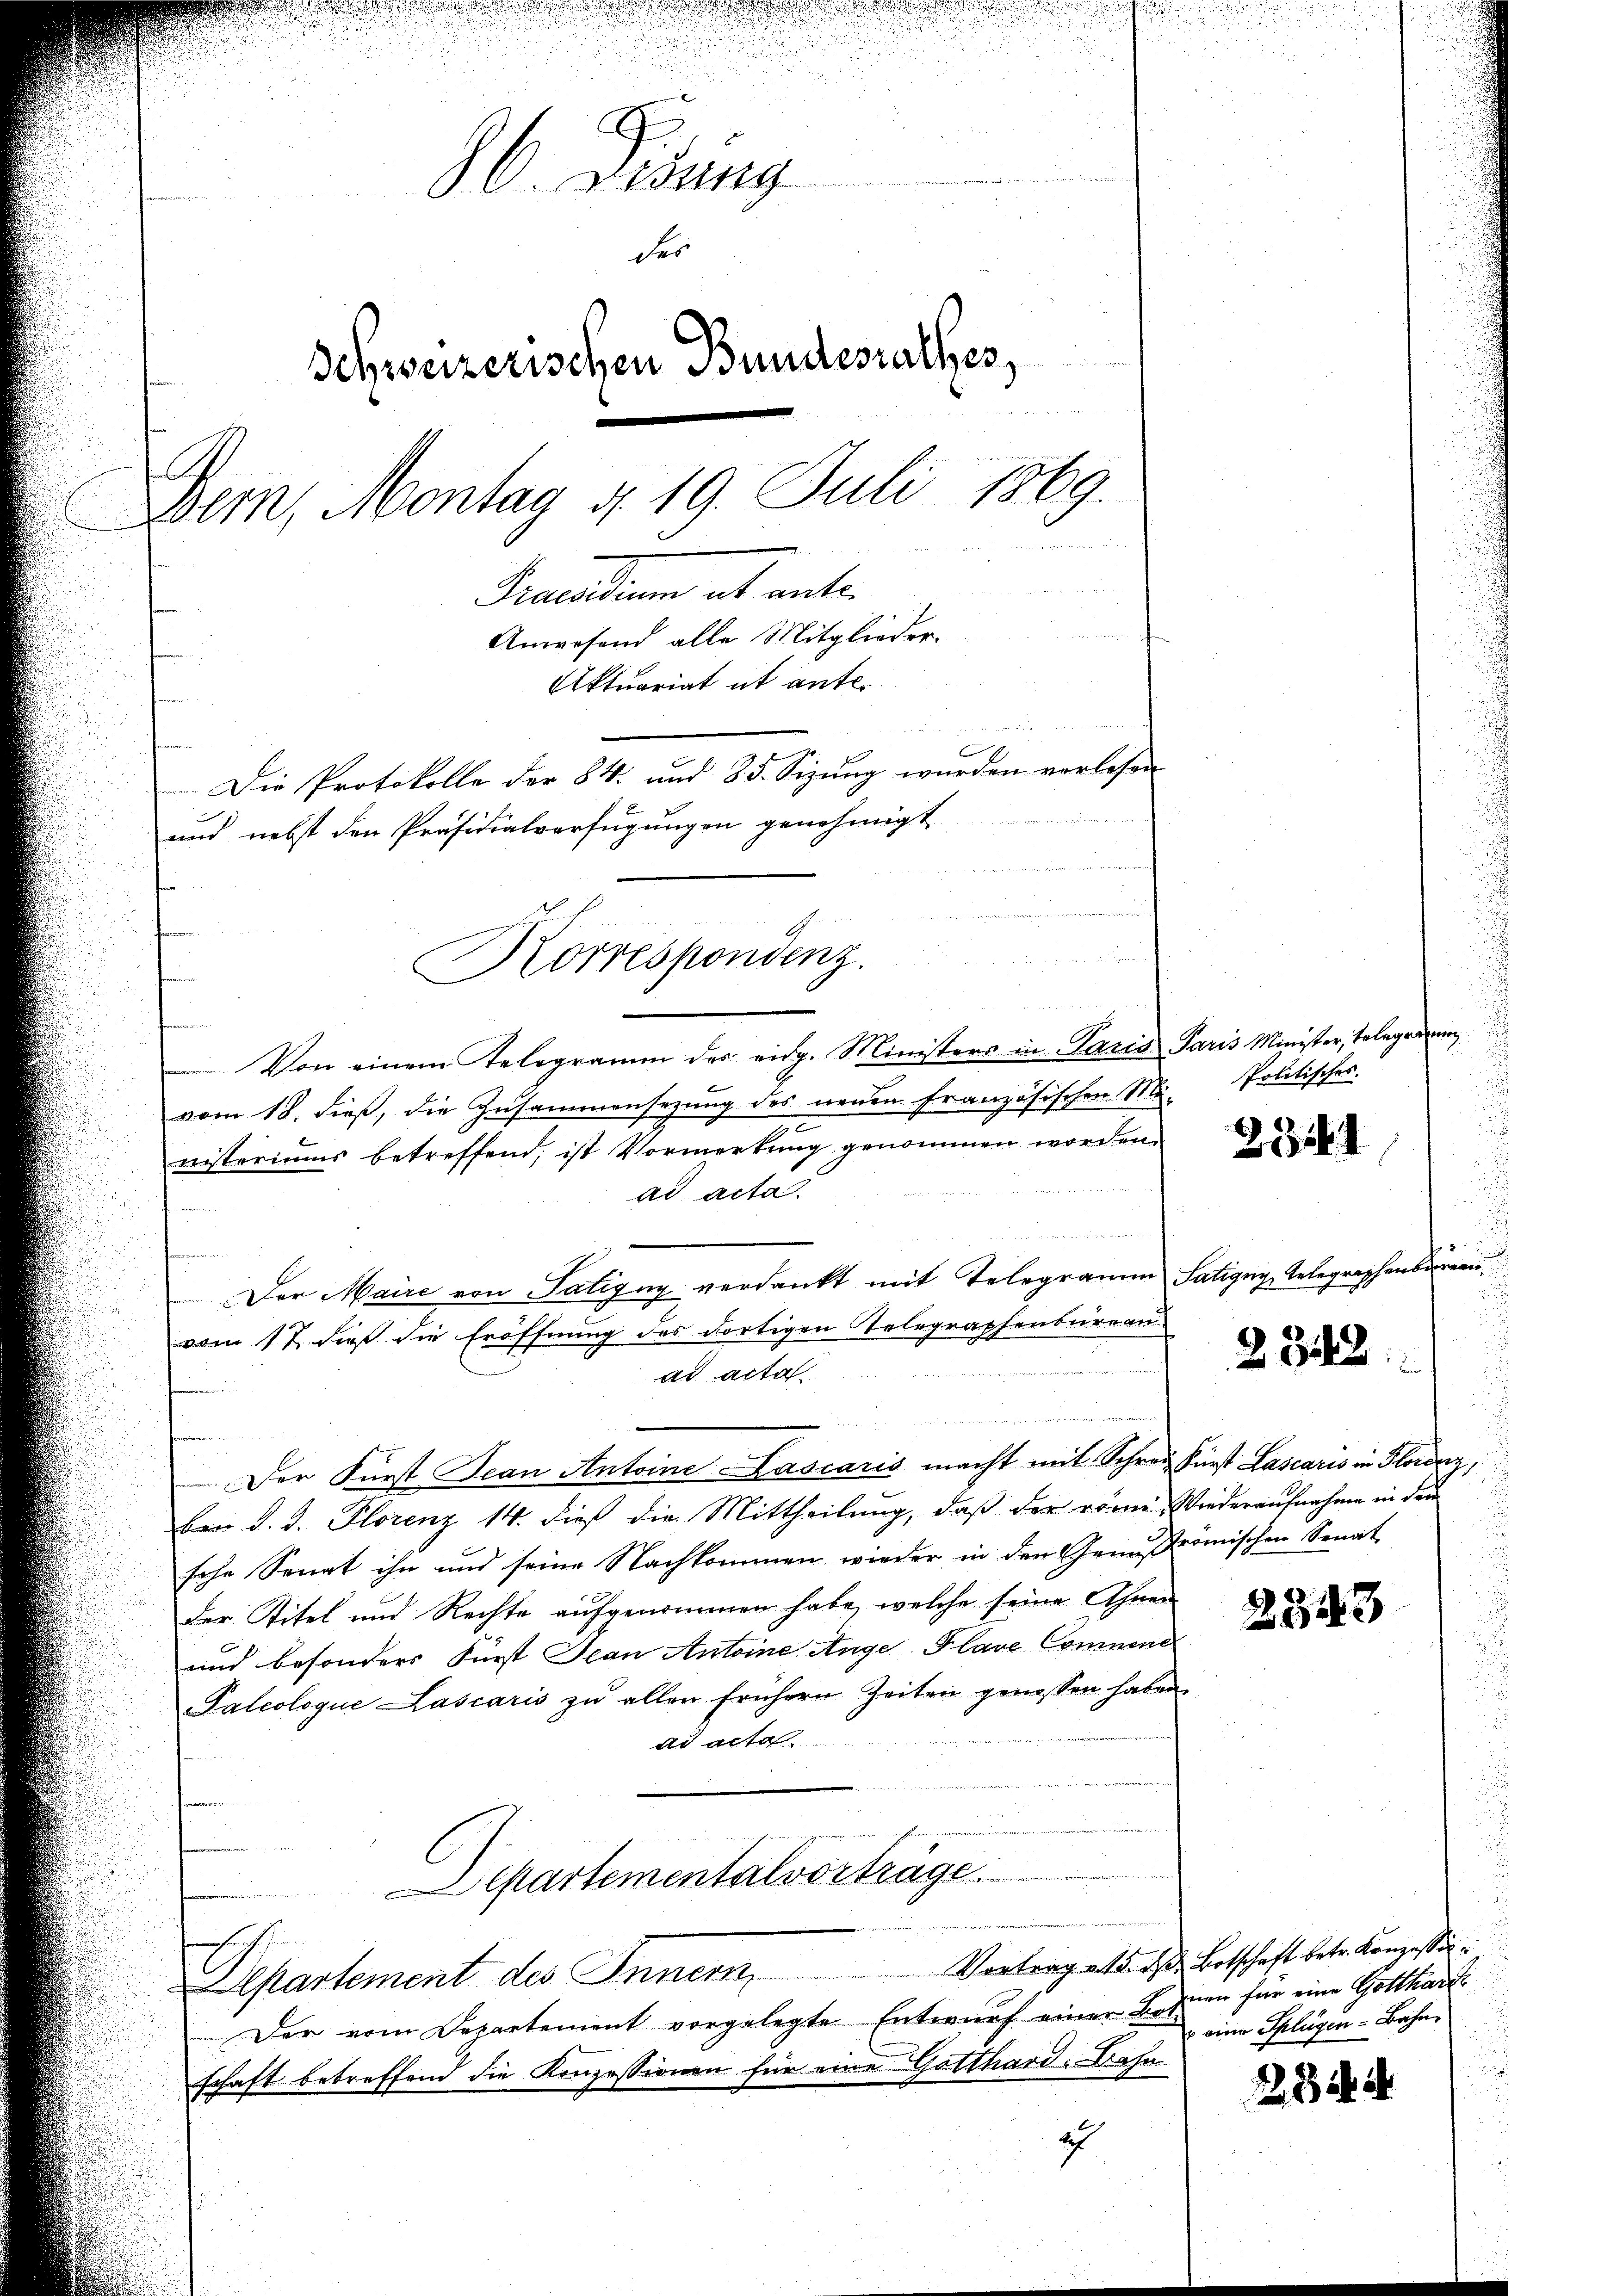
C. Disung
des
Schweizerischen Bundesrathes,
19.
Bein, Montag 4. 19. Juli
Precarium das unter
Anwesend alle Mitglieder.
Aktuariat et ante¬
Die Protokolle der § 4. und 85. Sizung wurden verlesen
und nebst den Präsidialverfügungen genehmigt
u
Korrespondenz.

Von einem Telegramm des eidg. Ministers in Paris Paris Minister, Telegram
vom 18. dieß, die Zusammensezung des neuen Französischen Mi- Politisches.
nisteriums betreffend, ist Vormerkung genommen worden.
ad acta.
t
Der Maire von Tatigny verdankt mit Telegramm Satigny Telegraphenbure
vom 17. dieß die Eröffnung des dortigen Telegraphenbureau
u
ad acta
Der Fürst Jean Antoine-Lascaris macht mit Schrei Fürst Lascaris in Flordy,
ben d. J. Florenz 14. dieß die Mittheilung, daß der römi, Wiederaufnahme in dem
sche Senat ihn und seine Nachkommen wieder in den Generomischen Senat
Der Titel und Rechte aufgenommen habe, welche seine Ahnen
und besonders Fürst Jean Antoine Ange-Plave Commne
Palcoloque Lascaris zŭ allen frühern Zeiten genossen haben.
ad acta.
Separtementalvorträge.

.

Apartement des Innern
Der vom Departement vorgelegte Entwurf einer Bohnen für eine Gotthards
schaft betreffend die Konzessionen für eine Gotthard. Bahn
2

281

2342

2343

Vortrag u. 15. ds Botschaft betr. Konzessir¬
 eine Splügen Bahn

284. 4